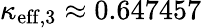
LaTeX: \kappa_{\mathrm{eff},3}\approx 0.647457